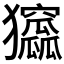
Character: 𤣛